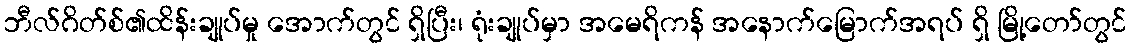
ဘီလ်ဂိတ်စ်၏ထိန်းချုပ်မှု အောက်တွင် ရှိပြီး၊ ရုံးချုပ်မှာ အမေရိကန် အနောက်မြောက်အရပ် ရှိ မြို့တော်တွင်